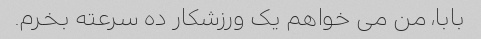
بابا، من می خواهم یک ورزشکار ده سرعته بخرم.